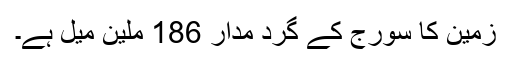
زمین کا سورج کے گرد مدار 186 ملین میل ہے۔